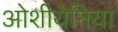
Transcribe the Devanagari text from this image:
ओशीयेनिया